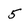
Character: 5